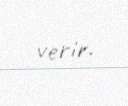
verir.